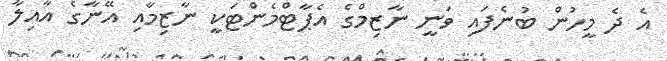
އެ ދެ މީހުން ބުނެފައި ވަނީ ނާޒިމްގެ އެޕާޓްމެންޓަކީ ނާޒިމާއި އޭނާގެ އާއިލާ